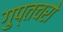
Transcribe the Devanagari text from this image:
गुप्‍तचरो